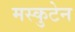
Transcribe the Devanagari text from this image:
मस्कुटेन